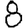
Digit: 8